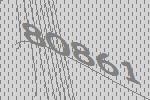
80861